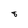
Character: 8